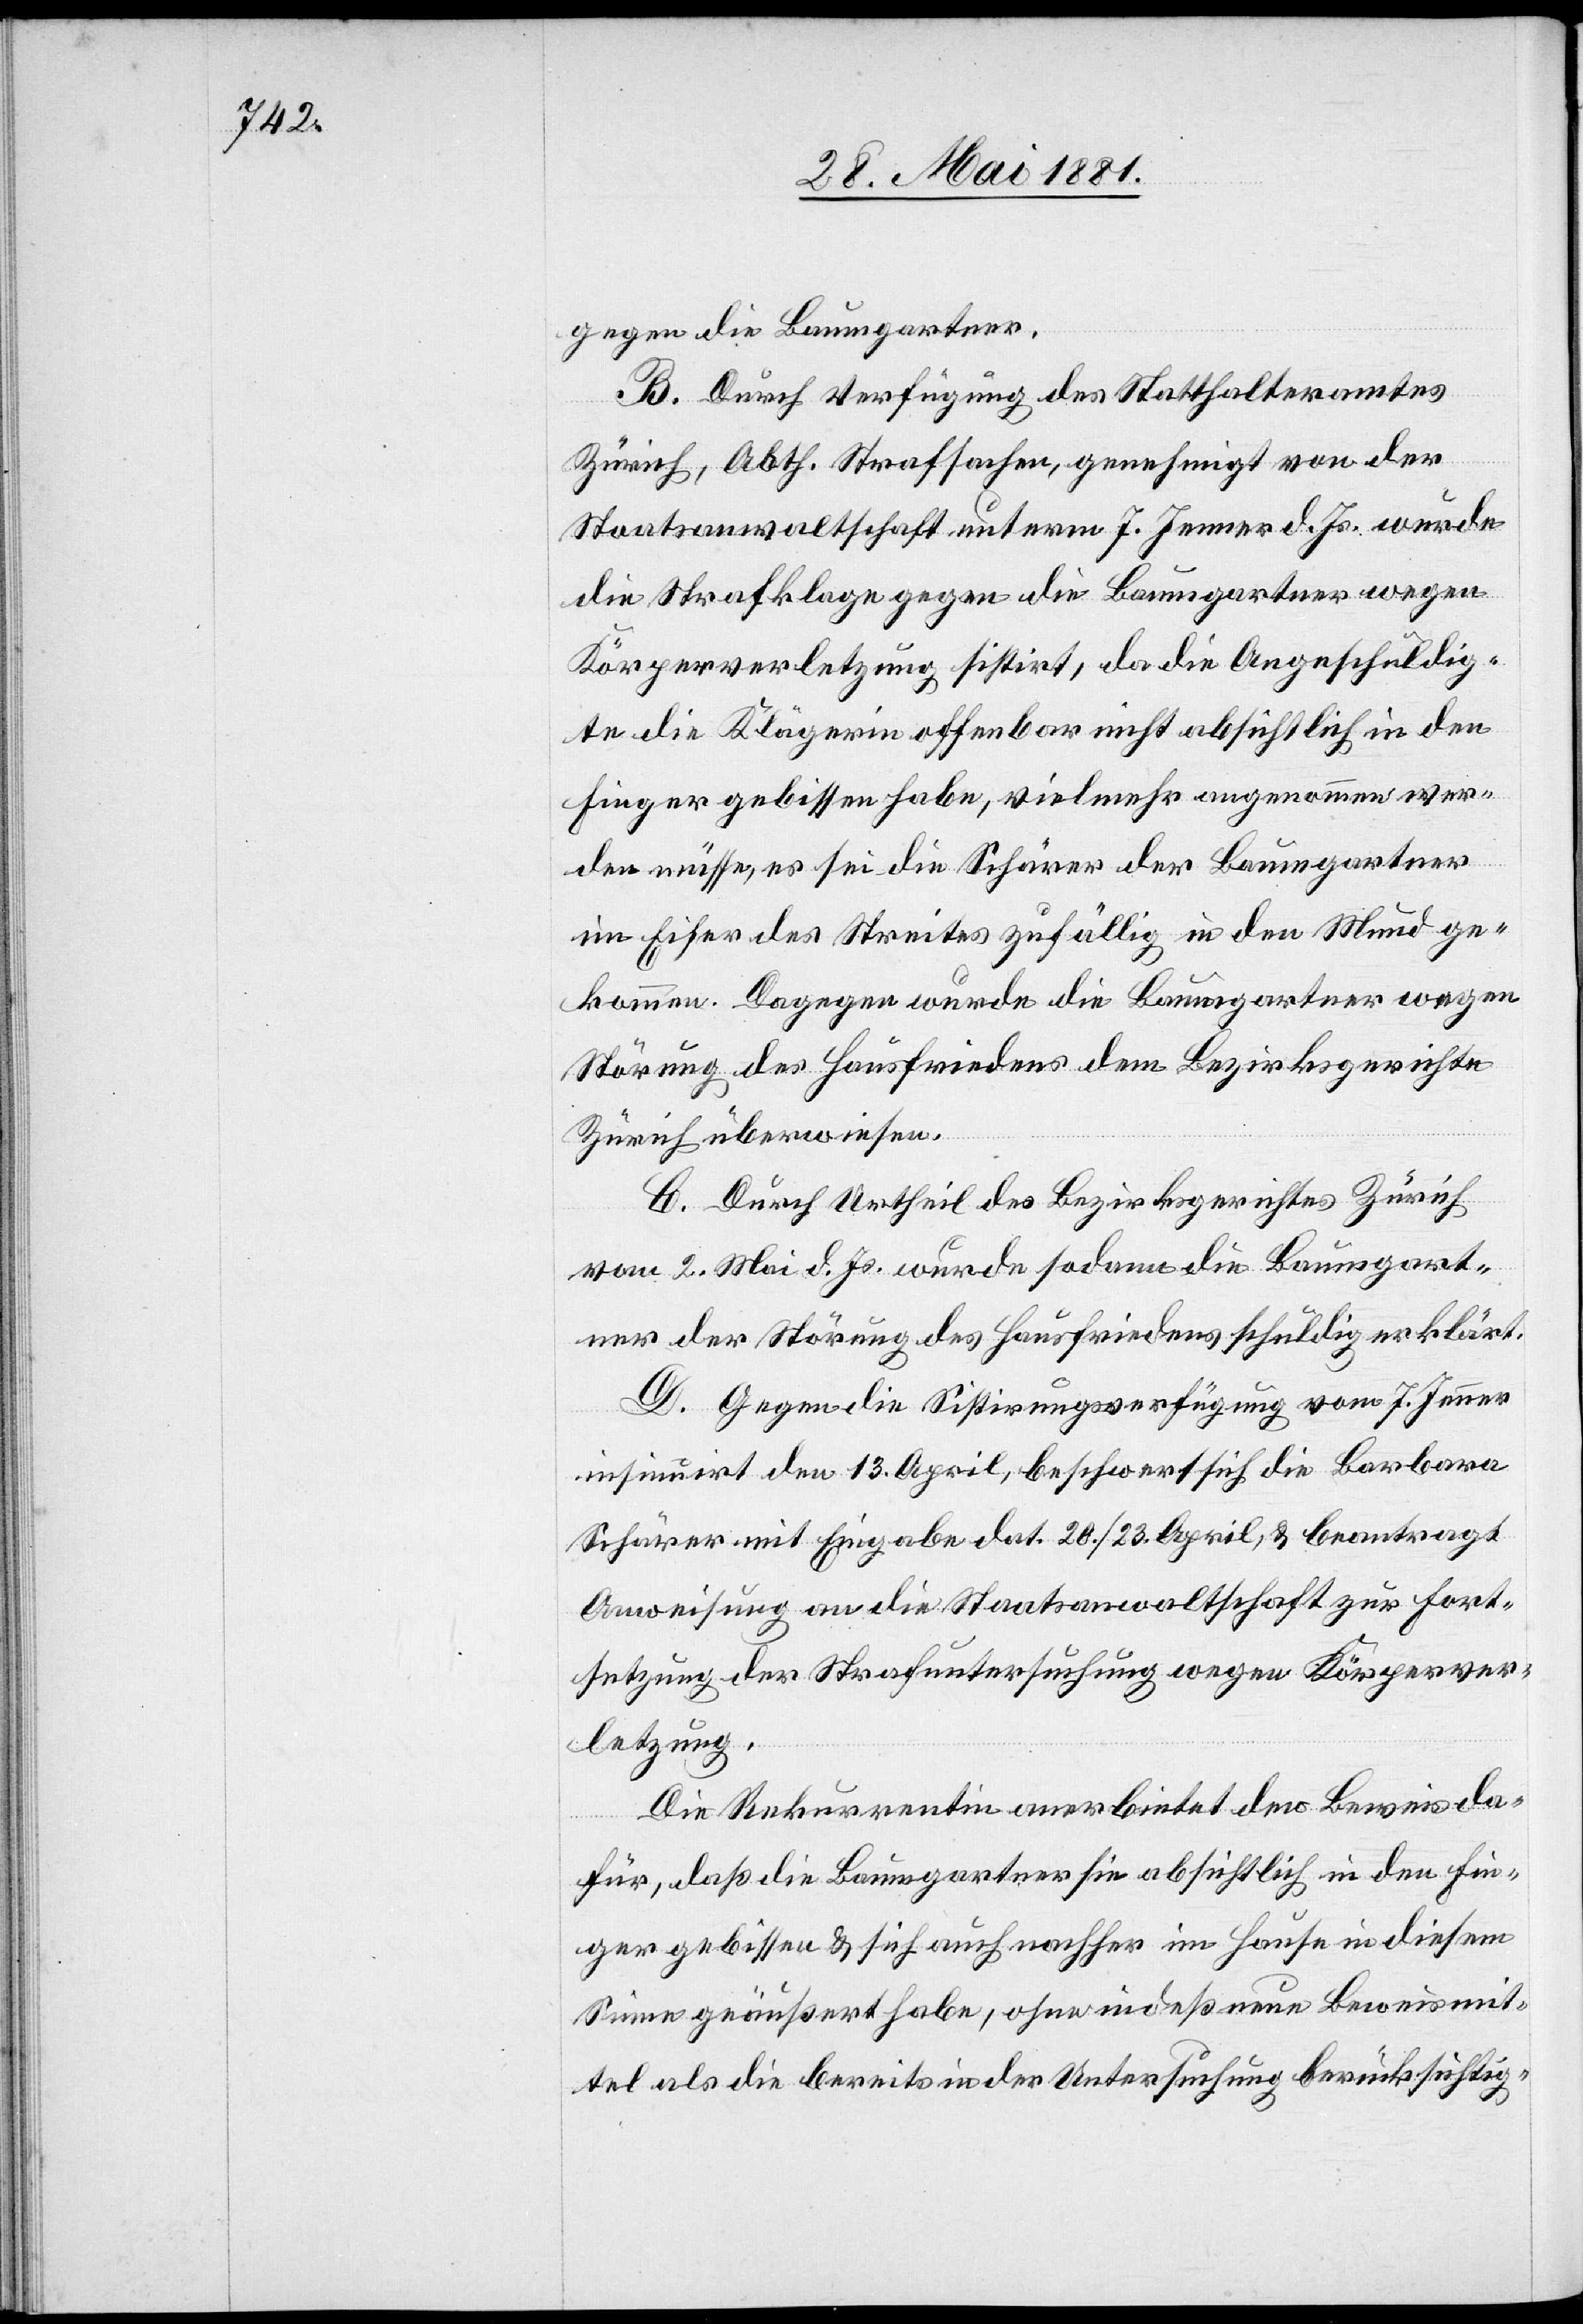
gegen die Baumgartner.
B. Durch Verfügung des Statthalteramtes
Zürich, Abth. Strafsachen, genehmigt von der
Staatsanwaltschaft unterm 7. Jenner d. Js. wurde
die Strafklage gegen die Baumgartner wegen
Körperverletzung sistirt, da die Angeschuldig¬
te die Klägerin offenbar nicht absichtlich in den
Finger gebissen habe, vielmehr angenommen wer¬
den müsse, es sei die Schärer der Baumgartner
im Eifer des Streites zufällig in den Mund ge¬
kommen. Dagegen wurde die Baumgartner wegen
Störung des Hausfriedens dem Bezirksgerichte
Zürich überwiesen.
C. Durch Urtheil des Bezirksgerichtes Zürich
vom 2. Mai d. Js. wurde sodann die Baumgart¬
ner der Störung des Hausfriedens schuldig erklärt.
D. Gegen die Sistirungsverfügung vom 7. Jenner[,]
insinuirt den 13. April, beschwert sich die Barbara
Schärer mit Eingabe dat. 20./23. April & beantragt
Anweisung an die Staatsanwaltschaft zur Fort¬
setzung der Strafuntersuchung wegen Körperver¬
letzung.
Die Rekurrentin anerbietet den Beweis da¬
für, daß die Baumgartner sie absichtlich in den Fin¬
ger gebissen & sich auch nachher im Hause in diesem
Sinne geäußert habe, ohne indeß neue Beweismit¬
tel als die bereits in der Untersuchung berücksichtig-